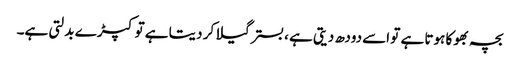
بچہ بھوکا ہوتا ہے تو اسے دودھ دیتی ہے ، بستر گیلا کر دیتا ہے تو کپڑ ے بدلتی ہے۔